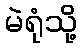
မဲရုံသို့